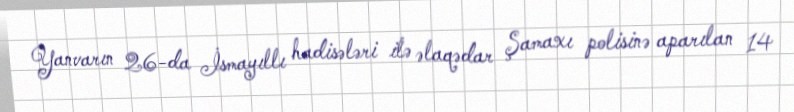
Yanvarın 26-da İsmayıllı hadisələri ilə əlaqədar Şamaxı polisinə aparılan 14